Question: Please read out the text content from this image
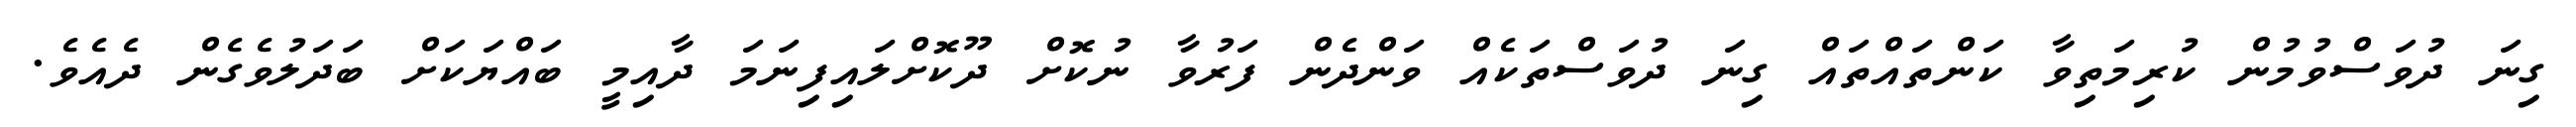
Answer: ގިނަ ދުވަސްވުމުން ކުރިމަތިވާ ކަންތައްތައް ގިނަ ދުވަސްތަކެއް ވަންދެން ފަރުވާ ނުކޮށް ދޫކޮށްލައިފިނަމަ ދާއިމީ ބައްޔަކަށް ބަދަލުވެގެން ދެއެވެ.